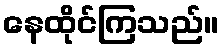
နေထိုင်ကြသည်။